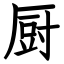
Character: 厨